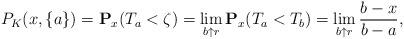
LaTeX: \begin{align*}P_K(x,\{a\})=\mathbf{P}_x(T_a<\zeta)=\lim_{b\uparrow r}\mathbf{P}_x(T_a<T_b)=\lim_{b\uparrow r}\frac{b-x}{b-a},\end{align*}